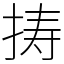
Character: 𢭏